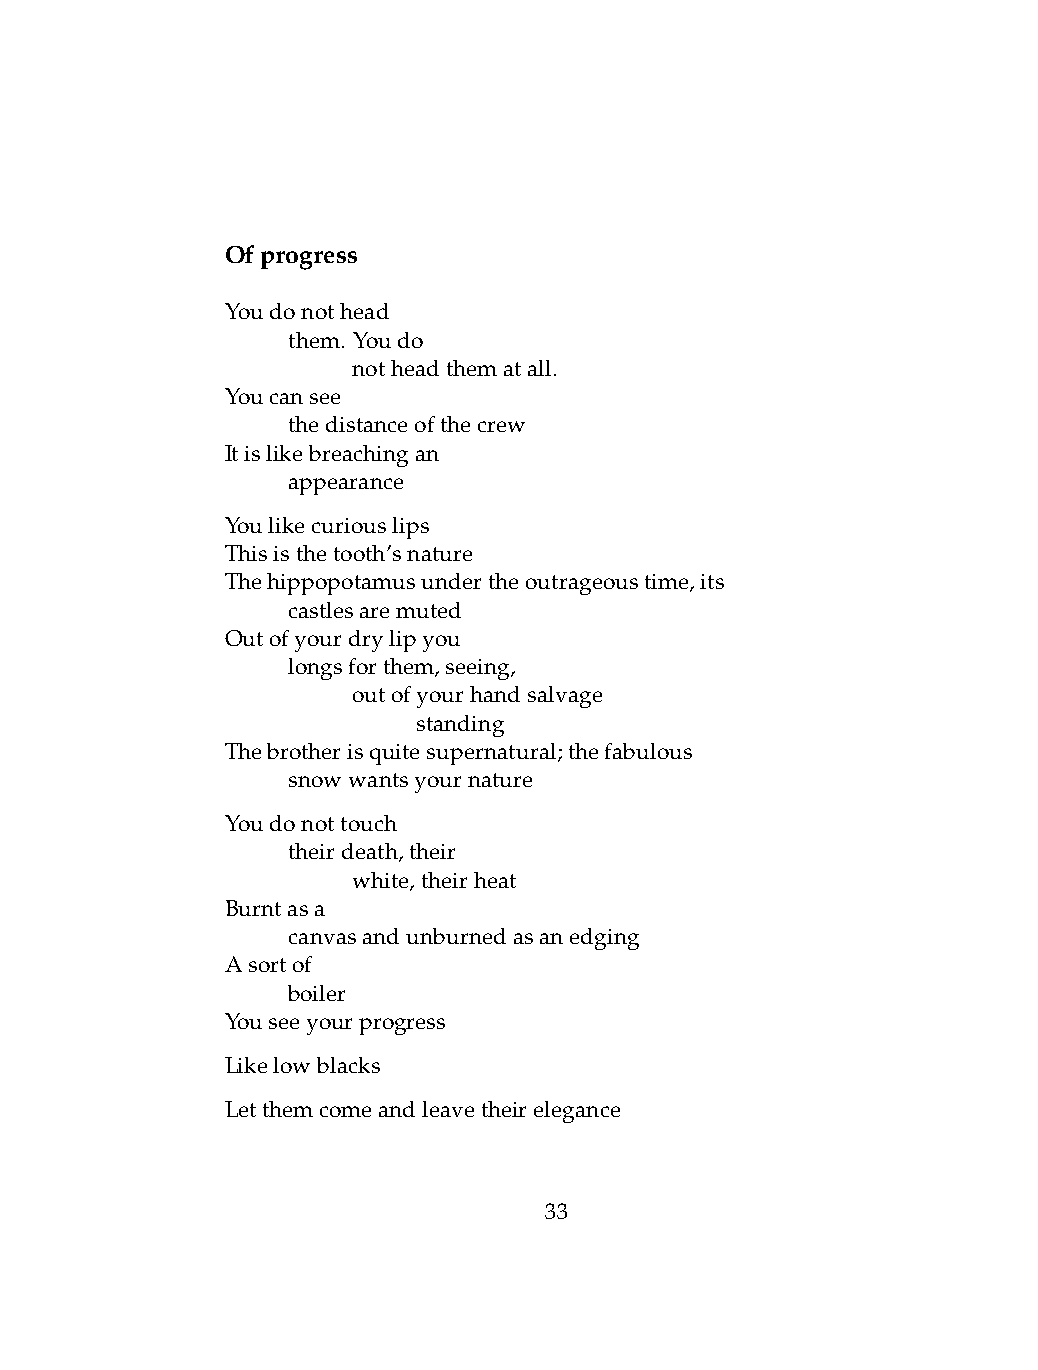
Ofprogress
 Youdonothead
 .   them. Youdo
 .   .   notheadthematall.
 Youcansee
 .   thedistanceofthecrew
 Itislikebreachingan
 .   appearance
 Youlikecuriouslips
 Thisisthetooth’snature
 Thehippopotamusundertheoutrageoustime,its
 .   castlesaremuted
 Outofyourdrylipyou
 .   longsforthem,seeing,
 .   .   outofyourhandsalvage
 .   .   .    standing
 Thebrotherisquitesupernatural;thefabulous
 .   snowwantsyournature
 Youdonottouch
 .   theirdeath,their
 .   .   white,theirheat
 Burntasa
 .   canvasandunburnedasanedging
 Asortof
 .   boiler
 Youseeyourprogress
 Likelowblacks
 Letthemcomeandleavetheirelegance
 33